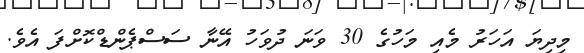
މިދިޔަ އަހަރު މެއި މަހުގެ 30 ވަނަ ދުވަހު އޭނާ ސަސްޕެންޑްކޮށްފަ އެވެ.